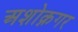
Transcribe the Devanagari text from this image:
अशोक्नगर